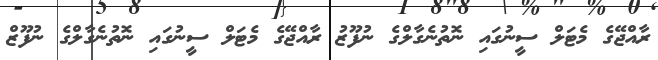
ރާއްޖޭގެ މެޓަލް ސީނުގައި ނޮތުނެގާލްގެ ނުފޫޒު ރާއްޖޭގެ މެޓަލް ސީނުގައި ނޮތުނެގާލްގެ ނުފޫޒް